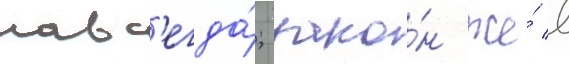
навс'егда́; зако́н же́ в